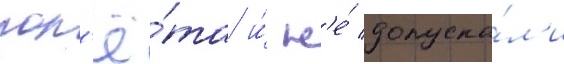
пол'ё́та и́ н'е́ допуска́л'и